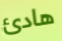
هادئ